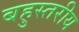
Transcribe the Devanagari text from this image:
बहुस्‍तरीय